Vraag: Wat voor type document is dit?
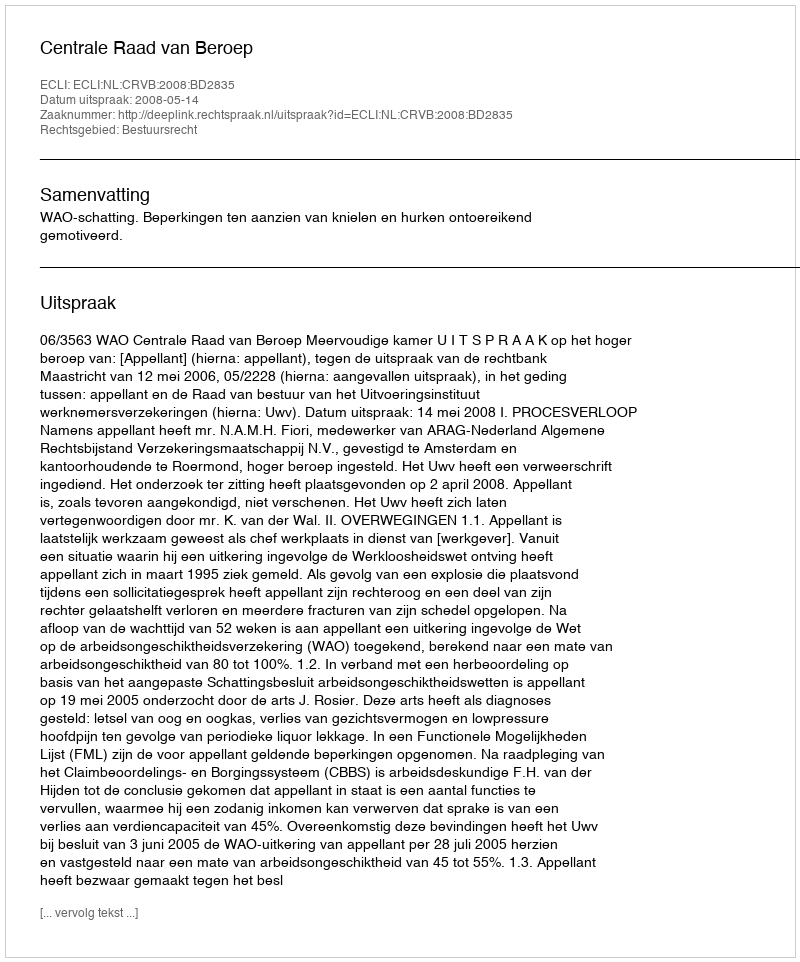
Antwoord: Uitspraak